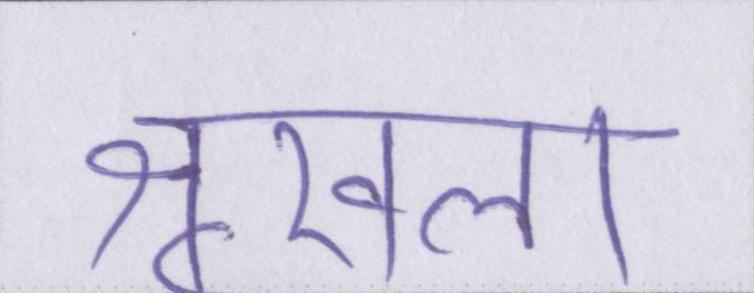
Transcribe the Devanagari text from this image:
शृखला